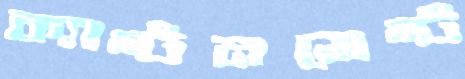
ক্যান্টনমেন্ট